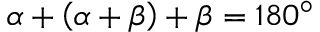
\alpha + \left( \alpha + \beta \right) + \beta = 1 8 0 ^ { \circ }